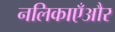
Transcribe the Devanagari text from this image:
नलिकाएँऔर